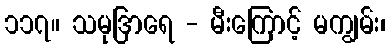
၁၁၇။ သမုဒြာရေ - မီးကြောင့် မကျွမ်း၊